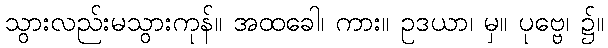
သွားလည်းမသွားကုန်။ အထခေါ၊ ကား။ ဥဒယာ၊ မှ။ ပုဗ္ဗေ၊ ၌။